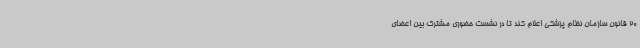
20 قانون سازمان نظام پزشکی اعلام کند تا در نشست حضوری مشترک بین اعضای